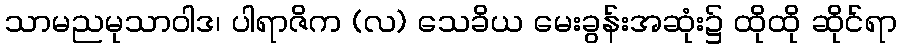
သာမညမုသာဝါဒ၊ ပါရာဇိက (လ) သေခိယ မေးခွန်းအဆုံး၌ ထိုထို ဆိုင်ရာ